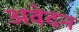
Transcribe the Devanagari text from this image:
अवेदन